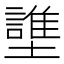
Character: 䜃